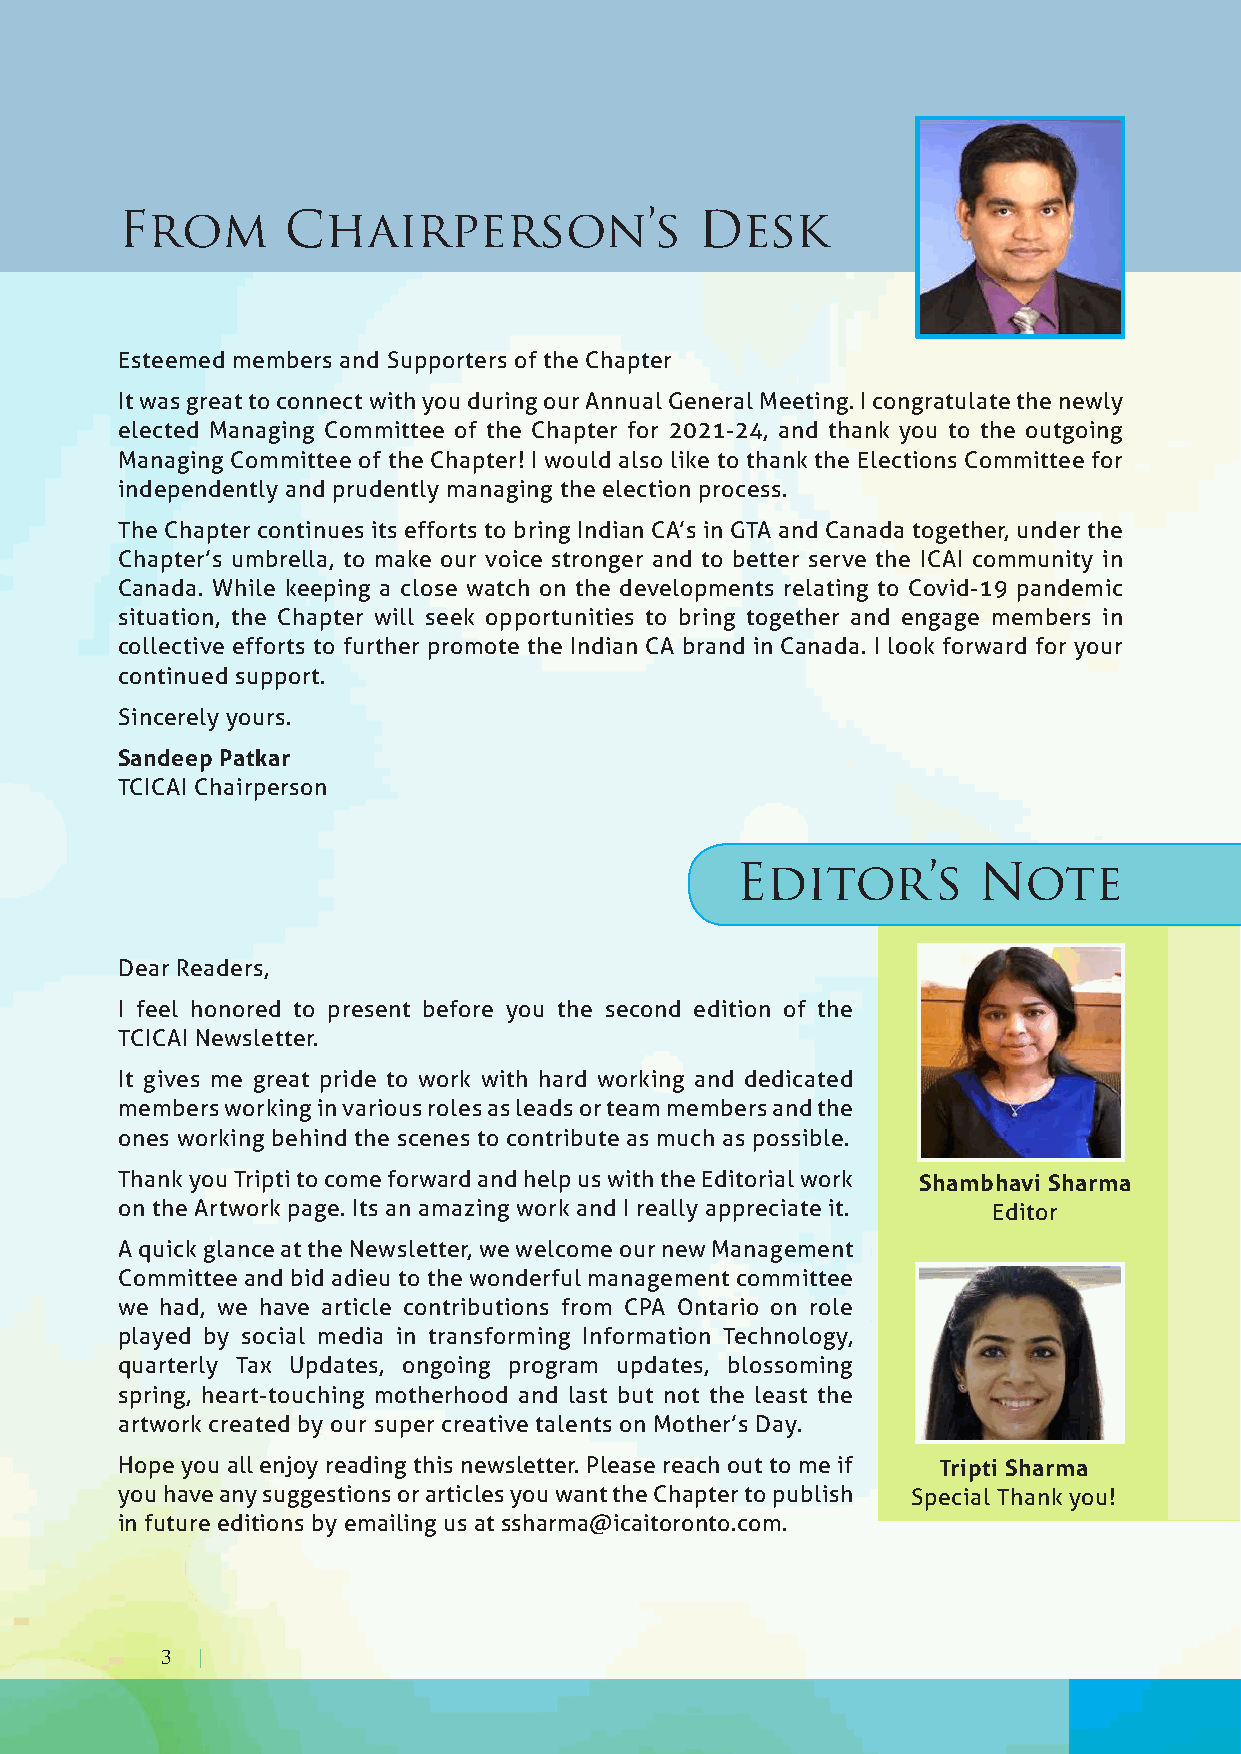
From       Chairperson’s              Desk
 Esteemed members and Supporters of the Chapter
 It was great to connect with you during our Annual General Meeting. I congratulate the newly
 elected Managing Committee of the Chapter for 2021-24, and thank you to the outgoing
 Managing Committee of the Chapter! I would also like to thank the Elections Committee for
 independently and prudently managing the election process.
 The Chapter continues its efforts to bring Indian CA’s in GTA and Canada together, under the
 Chapter’s umbrella, to make our voice stronger and to better serve the ICAI community in
 Canada. While keeping a close watch on the developments relating to Covid-19 pandemic
 situation, the Chapter will seek opportunities to bring together and engage members in
 collective efforts to further promote the Indian CA brand in Canada. I look forward for your
 continued support.
 Sincerely yours.
 Sandeep Patkar
 TCICAI Chairperson
 Editor’s        Note
 Dear Readers,
 I feel honored to present before you the second edition of the
 TCICAI Newsletter.
 It gives me great pride to work with hard working and dedicated
 members working in various roles as leads or team members and the
 ones working behind the scenes to contribute as much as possible.
 Thank you Tripti to come forward and help us with the Editorial work Shambhavi Sharma
 on the Artwork page. Its an amazing work and I really appreciate it. Editor
 A quick glance at the Newsletter, we welcome our new Management
 Committee and bid adieu to the wonderful management committee
 we had, we have article contributions from CPA Ontario on role
 played by social media in transforming Information Technology,
 quarterly Tax Updates, ongoing program updates, blossoming
 spring, heart-touching motherhood and last but not the least the
 artwork created by our super creative talents on Mother’s Day.
 Hope you all enjoy reading this newsletter. Please reach out to me if Tripti Sharma
 you have any suggestions or articles you want the Chapter to publish Special Thank you!
 in future editions by emailing us at ssharma@icaitoronto.com.
 3 |